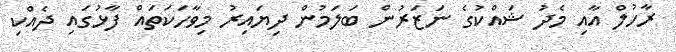
ރާހުލް އާއި މެދު ޝައްކުގެ ނަޒަރުން ބަލަމުން ދިޔައިރު މިވާހަކަތައް ފާޅުގައި ދެއްކި